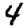
Digit: 4